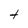
Character: t